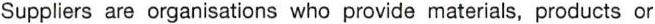
Suppliers are organisations who provide materials, products or